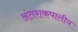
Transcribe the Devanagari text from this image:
अंतराकपालीय